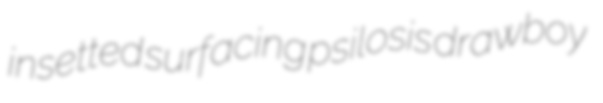
insetted surfacing psilosis drawboy